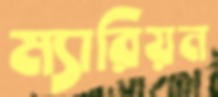
ম্যারিয়ন